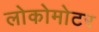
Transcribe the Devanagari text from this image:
लोकोमोटर